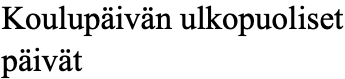
Koulupäivän ulkopuoliset päivät